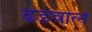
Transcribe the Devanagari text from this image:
ढडवाल